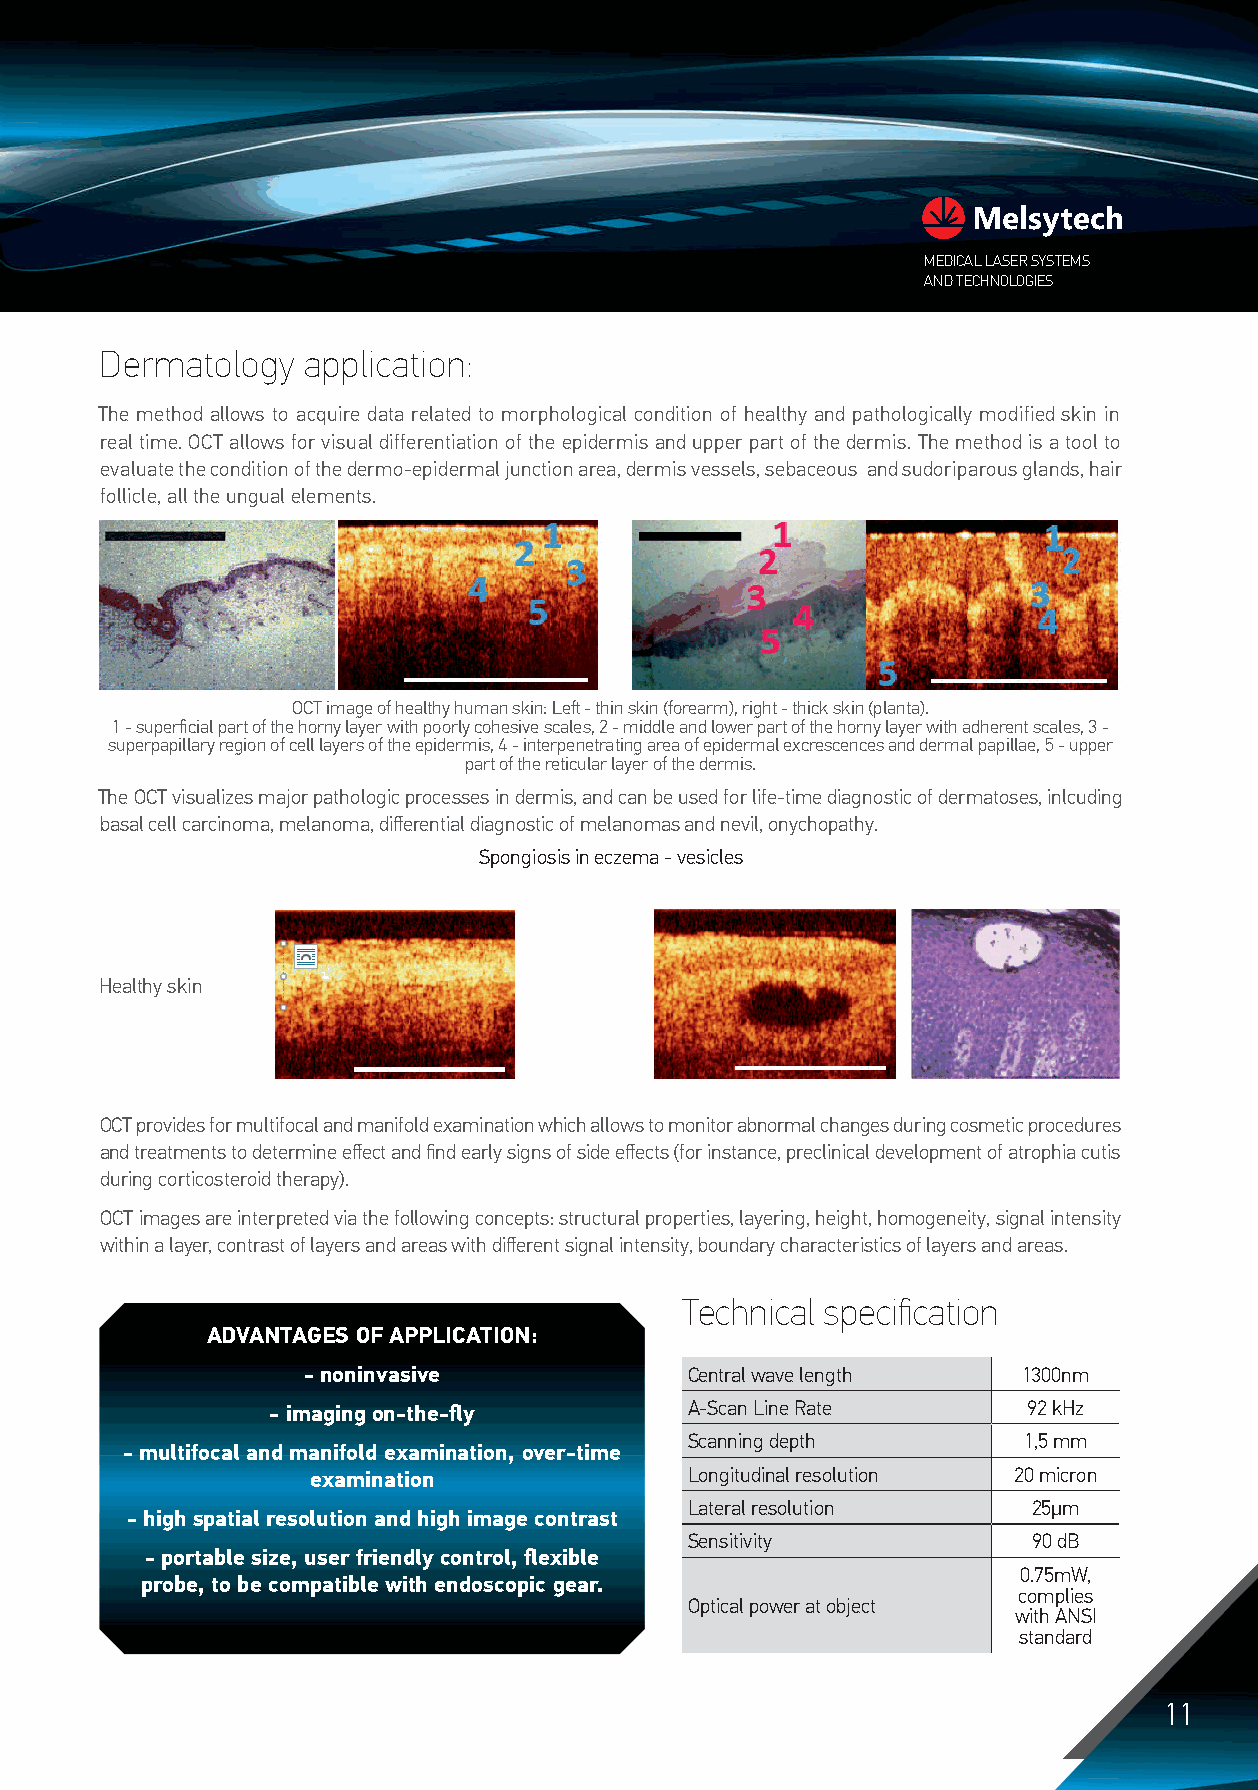
MEDICAL LASER SYSTEMS
 AND TECHNOLOGIES
 Dermatology  application:
 The method allows to acquire data related to morphological condition of healthy and pathologically modified skin in
 real time. OCT allows for visual differentiation of the epidermis and upper part of the dermis. The method is a tool to
 evaluate the condition of the dermo-epidermal junction area, dermis vessels, sebaceous and sudoriparous glands, hair
 follicle, all the ungual elements.
 OCT image of healthy human skin: Left - thin skin (forearm), right - thick skin (planta).
 1 - superficial part of the horny layer with poorly cohesive scales, 2 - middle and lower part of the horny layer with adherent scales, 3 -
 superpapillary region of cell layers of the epidermis, 4 - interpenetrating area of epidermal excrescences and dermal papillae, 5 - upper
 part of the reticular layer of the dermis.
 The OCT visualizes major pathologic processes in dermis, and can be used for life-time diagnostic of dermatoses, inlcuding
 basal cell carcinoma, melanoma, differential diagnostic of melanomas and nevil, onychopathy.
 Spongiosis in eczema - vesicles
 Healthy skin
 OCT provides for multifocal and manifold examination which allows to monitor abnormal changes during cosmetic procedures
 and treatments to determine effect and find early signs of side effects (for instance, preclinical development of atrophia cutis
 during corticosteroid therapy).
 OCT images are interpreted via the following concepts: structural properties, layering, height, homogeneity, signal intensity
 within a layer, contrast of layers and areas with different signal intensity, boundary characteristics of layers and areas.
 Technical specification
 ADVANTAGES OF APPLICATION:
 - noninvasive             Central wave length   1300nm
 - imaging on-the-fly        A-Scan Line Rate      92 kHz
 Scanning depth        1,5 mm
 - multifocal and manifold examination, over-time
 examination              Longitudinal resolution 20 micron
 Lateral resolution    25μm
 - high spatial resolution and high image contrast
 Sensitivity           90 dB
 - portable size, user friendly control, flexible
 0.75mW,
 probe, to be compatible with endoscopic gear.
 complies
 Optical power at object
 with ANSI
 standard
 11